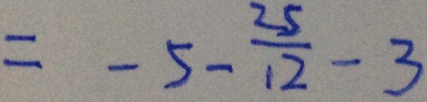
= - 5 - \frac { 2 5 } { 1 2 } - 3